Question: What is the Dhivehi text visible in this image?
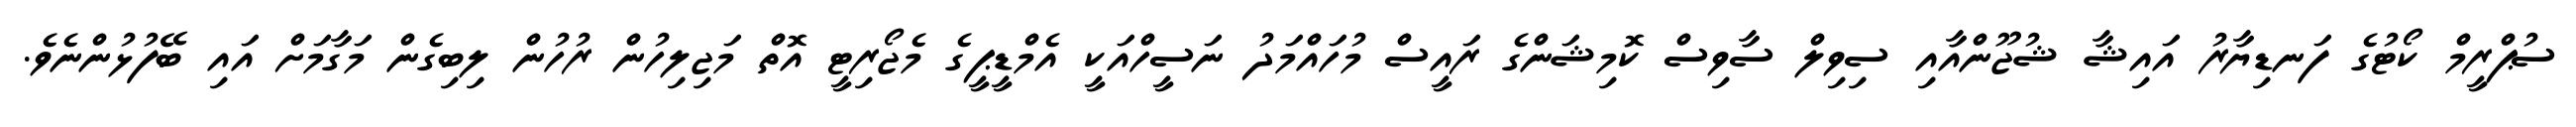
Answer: ސުޕްރީމް ކޯޓުގެ ފަނޑިޔާރު އައިޝާ ޝުޖޫންއާއި ސިވިލް ސާވިސް ކޮމިޝަންގެ ރައީސް މުހައްމަދު ނަސީހްއަކީ އެމްޑީޕީގެ މެޖޯރިޓީ އޮތް މަޖިލިހުން ރުހުން ލިބިގެން މަގާމަށް އައި ބޭފުޅުންނެވެ.